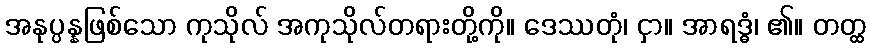
အနုပ္ပန္နဖြစ်သော ကုသိုလ် အကုသိုလ်တရားတို့ကို။ ဒေဿတုံ၊ ငှာ။ အာရဒ္ဓံ၊ ၏။ တတ္ထ